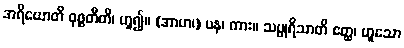
အရိယောတိ ဝုစ္စတီတိ၊ ဟူ၍။ (အာဟ၊) ပန၊ ကား။ သပ္ပုရိသာတိ ဧတ္ထ၊ ဟူသော